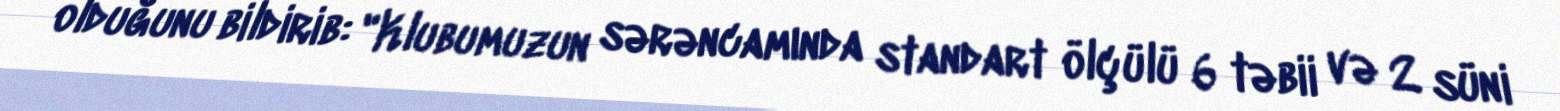
olduğunu bildirib: "Klubumuzun sərəncamında standart ölçülü 6 təbii və 2 süni